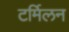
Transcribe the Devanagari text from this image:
टर्मिलन